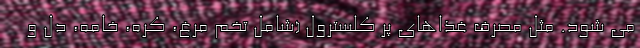
می شود. مثل مصرف غذاهای پر کلسترول (شامل تخم مرغ، کره، خامه، دل و